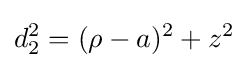
d_{2}^{2}=(\rho -a)^{2}+z^{2}